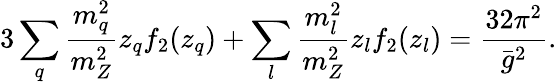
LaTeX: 3\sum_{q}{\frac{m_{q}^{2}}{m_{Z}^{2}}}z_{q}f_{2}(z_{q})+\sum_{l}{\frac{m_{l}^{2}}{m_{Z}^{2}}}z_{l}f_{2}(z_{l})={\frac{32\pi^{2}}{\bar{g}^{2}}}.